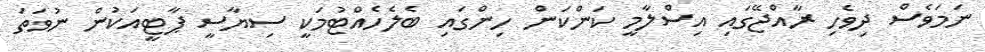
ނަމަވެސް ދިވެހި ރާއްޖޭގައި އިސްލާމީ ކަންކަން ހިންގައި ބެލެހެއްޓުމަކީ ސިޔާސީ ޕާޓީއަކުން ނުވަތަ